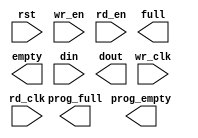
////////////////////////////////////////////////////////////////////////////////
// Copyright (c) 1995-2013 Xilinx, Inc.  All rights reserved.
////////////////////////////////////////////////////////////////////////////////
//   ____  ____
//  /   /\/   /
// /___/  \  /    Vendor: Xilinx
// \   \   \/     Version: P.20131013
//  \   \         Application: netgen
//  /   /         Filename: fifo_w36d256_pf180_pe6.v
// /___/   /\     Timestamp: Tue May 20 16:56:38 2014
// \   \  /  \
//  \___\/\___\
//
// Command	: -w -sim -ofmt verilog F:/DAHENG/svn/hw_mer/branches/xinghaotao/fpga_module/frame_buffer/src/blockram_core/tmp/_cg/fifo_w36d256_pf180_pe6.ngc F:/DAHENG/svn/hw_mer/branches/xinghaotao/fpga_module/frame_buffer/src/blockram_core/tmp/_cg/fifo_w36d256_pf180_pe6.v
// Device	: 6slx150fgg676-3
// Input file	: F:/DAHENG/svn/hw_mer/branches/xinghaotao/fpga_module/frame_buffer/src/blockram_core/tmp/_cg/fifo_w36d256_pf180_pe6.ngc
// Output file	: F:/DAHENG/svn/hw_mer/branches/xinghaotao/fpga_module/frame_buffer/src/blockram_core/tmp/_cg/fifo_w36d256_pf180_pe6.v
// # of Modules	: 1
// Design Name	: fifo_w36d256_pf180_pe6
// Xilinx        : D:\tools\Xilinx\14.7\ISE_DS\ISE\
//
// Purpose:
//     This verilog netlist is a verification model and uses simulation
//     primitives which may not represent the true implementation of the
//     device, however the netlist is functionally correct and should not
//     be modified. This file cannot be synthesized and should only be used
//     with supported simulation tools.
//
// Reference:
//     Command Line Tools User Guide, Chapter 23 and Synthesis and Simulation Design Guide, Chapter 6
//
////////////////////////////////////////////////////////////////////////////////

`timescale 1 ns/1 ps

module fifo_w36d256_pf180_pe6 (
	rst, wr_clk, rd_clk, wr_en, rd_en, full, empty, prog_full, prog_empty, din, dout
	);
	input rst;
	input wr_clk;
	input rd_clk;
	input wr_en;
	input rd_en;
	output full;
	output empty;
	output prog_full;
	output prog_empty;
	input [35 : 0] din;
	output [35 : 0] dout;

endmodule